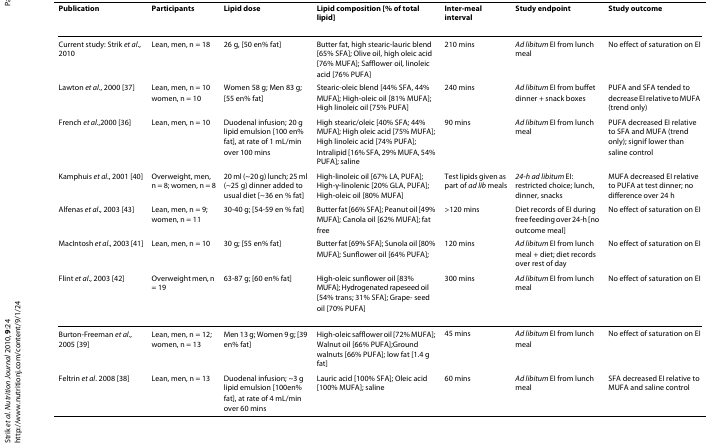
<table><thead><tr><td><b>Publication</b></td><td><b>Participants</b></td><td><b>Lipid dose</b></td><td><b>Lipid composition [% of total lipid]</b></td><td><b>Inter-meal interval</b></td><td><b>Study endpoint</b></td><td><b>Study outcome</b></td></tr></thead><tbody><tr><td>Current study: Strik <i>et al</i>., 2010</td><td>Lean, men, n = 18</td><td>26 g, [50 en% fat]</td><td>Butter fat, high stearic-lauric blend [65% SFA]; Olive oil, high oleic acid [76% MUFA]; Safflower oil, linoleic acid [76% PUFA]</td><td>210 mins</td><td><i>Ad libitum </i>EI from lunch meal</td><td>No effect of saturation on EI</td></tr><tr><td>Lawton <i>et al</i>., 2000 [37]</td><td>Lean, men, n = 10 women, n = 10</td><td>Women 58 g; Men 83 g; [55 en% fat]</td><td>Stearic-oleic blend [44% SFA, 44% MUFA]; High-oleic oil [81% MUFA]; High linoleic oil [75% PUFA]</td><td>240 mins</td><td><i>Ad libitum </i>EI from buffet dinner + snack boxes</td><td>PUFA and SFA tended to decrease EI relative to MUFA (trend only)</td></tr><tr><td>French <i>et al</i>.,2000 [36]</td><td>Lean, men, n = 10</td><td>Duodenal infusion; 20 g lipid emulsion [100 en% fat], at rate of 1 mL/min over 100 mins</td><td>High stearic/oleic [40% SFA; 44% MUFA]; High oleic acid [75% MUFA]; High linoleic acid [74% PUFA]; Intralipid [16% SFA, 29% MUFA, 54% PUFA]; saline</td><td>90 mins</td><td><i>Ad libitum </i>EI from lunch meal</td><td>PUFA decreased EI relative to SFA and MUFA (trend only); signif lower than saline control</td></tr><tr><td>Kamphuis <i>et al</i>., 2001 [40]</td><td>Overweight, men, n = 8; women, n = 8</td><td>20 ml (~20 g) lunch; 25 ml (~25 g) dinner added to usual diet [~36 en % fat]</td><td>High-linoleic oil [67% LA, PUFA]; High-γ-linolenic [20% GLA, PUFA]; High-oleic oil [80% MUFA]</td><td>Test lipids given as part of <i>ad lib </i>meals</td><td><i>24-h ad libitum </i>EI: restricted choice; lunch, dinner, snacks</td><td>MUFA decreased EI relative to PUFA at test dinner; no difference over 24 h</td></tr><tr><td>Alfenas <i>et al</i>., 2003 [43]</td><td>Lean, men, n = 9; women, n = 11</td><td>30-40 g; [54-59 en % fat]</td><td>Butter fat [66% SFA]; Peanut oil [49% MUFA]; Canola oil [62% MUFA]; fat free</td><td>&gt;120 mins</td><td>Diet records of EI during free feeding over 24-h [no outcome meal]</td><td>No effect of saturation on EI</td></tr><tr><td>MacIntosh <i>et al</i>., 2003 [41]</td><td>Lean, men, n = 10</td><td>30 g; [55 en% fat]</td><td>Butter fat [69% SFA]; Sunola oil [80% MUFA]; Sunflower oil [64% PUFA];</td><td>120 mins</td><td><i>Ad libitum </i>EI from lunch meal + diet; diet records over rest of day</td><td>No effect of saturation on EI</td></tr><tr><td>Flint <i>et al</i>., 2003 [42]</td><td>Overweight men, n = 19</td><td>63-87 g; [60 en% fat]</td><td>High-oleic sunflower oil [83% MUFA]; Hydrogenated rapeseed oil [54% trans; 31% SFA]; Grape- seed oil [70% PUFA]</td><td>300 mins</td><td><i>Ad libitum </i>EI from lunch meal</td><td>No effect of saturation on EI</td></tr><tr><td>Burton-Freeman <i>et al</i>., 2005 [39]</td><td>Lean, men, n = 12; women, n = 13</td><td>Men 13 g; Women 9 g; [39 en% fat]</td><td>High-oleic safflower oil [72% MUFA]; Walnut oil [66% PUFA];Ground walnuts [66% PUFA]; low fat [1.4 g fat]</td><td>45 mins</td><td><i>Ad libitum </i>EI from lunch meal</td><td>No effect of saturation on EI</td></tr><tr><td>Feltrin <i>et al</i>. 2008 [38]</td><td>Lean, men, n = 13</td><td>Duodenal infusion; ~3 g lipid emulsion [100en% fat], at rate of 4 mL/min over 60 mins</td><td>Lauric acid [100% SFA]; Oleic acid [100% MUFA]; saline</td><td>60 mins</td><td><i>Ad libitum </i>EI from lunch meal</td><td>SFA decreased EI relative to MUFA and saline control</td></tr></tbody></table>